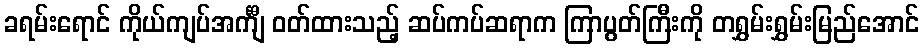
ခရမ်းရောင် ကိုယ်ကျပ်အင်္ကျီ ဝတ်ထားသည့် ဆပ်ကပ်ဆရာက ကြာပွတ်ကြီးကို တရွှမ်းရွှမ်းမြည်အောင်